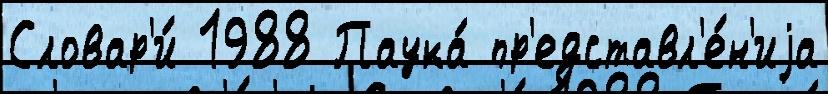
Словар'и́ 1988 Паука́ пр'едставл'е́н'иjа